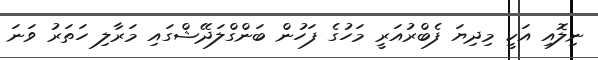
ނިލޮއި އަކީ މިދިޔަ ފެބްރުއަރީ މަހުގެ ފަހުން ބަންގްލަދޭޝްގައި މަރާލި ހަތަރު ވަނަ